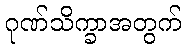
ဂုဏ်သိက္ခာအတွက်